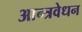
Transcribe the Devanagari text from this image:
आन्त्रवेधन